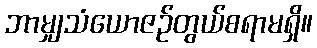
ဘာမျှသံယောဇဉ်တွယ်စရာမရှိ။